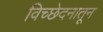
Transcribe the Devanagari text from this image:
विच्छेदनातून